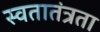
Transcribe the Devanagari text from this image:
स्वतातंत्रता